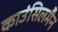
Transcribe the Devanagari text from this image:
काउंसिलमैन